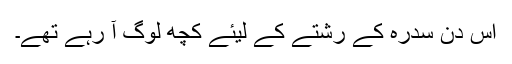
اس دن سدرہ کے رشتے کے لیئے کچھ لوگ آ رہے تھے۔